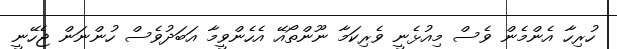
ހުރިހާ އެންމެން ވެސް މިއުޅެނީ ވެރިކަމާ ނޫންތޯއޭ އެހެންވީމާ އަބަދުވެސް ހުންނަން ޖެހޭނީ